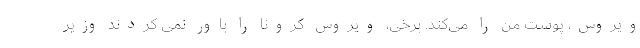
ویروس، پوست من را می‌کند. برخی، ویروس کرونا را باور نمی کردند وزیر